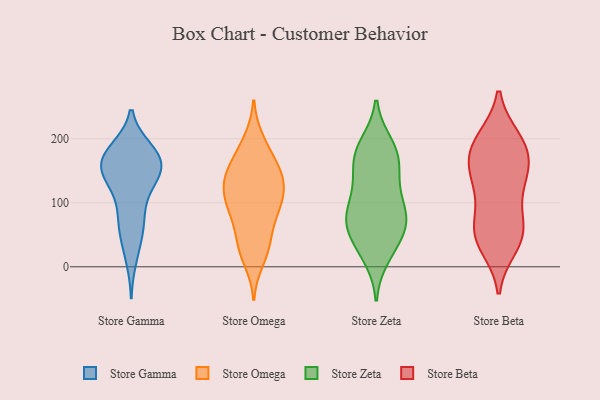
{"axis": {"x": "Customer Acquisition Cost (USD)", "y": "Value"}, "legend": ["Store Beta", "Store Gamma", "Store Omega", "Store Zeta"], "data": [{"x": "", "y": 138, "type": "Store Gamma"}, {"x": "", "y": 183, "type": "Store Gamma"}, {"x": "", "y": 95, "type": "Store Gamma"}, {"x": "", "y": 152, "type": "Store Gamma"}, {"x": "", "y": 44, "type": "Store Gamma"}, {"x": "", "y": 180, "type": "Store Gamma"}, {"x": "", "y": 159, "type": "Store Gamma"}, {"x": "", "y": 173, "type": "Store Gamma"}, {"x": "", "y": 175, "type": "Store Gamma"}, {"x": "", "y": 84, "type": "Store Gamma"}, {"x": "", "y": 160, "type": "Store Gamma"}, {"x": "", "y": 69, "type": "Store Gamma"}, {"x": "", "y": 132, "type": "Store Gamma"}, {"x": "", "y": 141, "type": "Store Gamma"}, {"x": "", "y": 137, "type": "Store Gamma"}, {"x": "", "y": 182, "type": "Store Gamma"}, {"x": "", "y": 12, "type": "Store Gamma"}, {"x": "", "y": 156, "type": "Store Gamma"}, {"x": "", "y": 55, "type": "Store Gamma"}, {"x": "", "y": 138, "type": "Store Omega"}, {"x": "", "y": 36, "type": "Store Omega"}, {"x": "", "y": 97, "type": "Store Omega"}, {"x": "", "y": 198, "type": "Store Omega"}, {"x": "", "y": 28, "type": "Store Omega"}, {"x": "", "y": 139, "type": "Store Omega"}, {"x": "", "y": 120, "type": "Store Omega"}, {"x": "", "y": 99, "type": "Store Omega"}, {"x": "", "y": 71, "type": "Store Omega"}, {"x": "", "y": 93, "type": "Store Omega"}, {"x": "", "y": 187, "type": "Store Omega"}, {"x": "", "y": 159, "type": "Store Omega"}, {"x": "", "y": 36, "type": "Store Omega"}, {"x": "", "y": 146, "type": "Store Omega"}, {"x": "", "y": 161, "type": "Store Omega"}, {"x": "", "y": 81, "type": "Store Omega"}, {"x": "", "y": 10, "type": "Store Omega"}, {"x": "", "y": 131, "type": "Store Omega"}, {"x": "", "y": 115, "type": "Store Omega"}, {"x": "", "y": 80, "type": "Store Zeta"}, {"x": "", "y": 32, "type": "Store Zeta"}, {"x": "", "y": 170, "type": "Store Zeta"}, {"x": "", "y": 159, "type": "Store Zeta"}, {"x": "", "y": 80, "type": "Store Zeta"}, {"x": "", "y": 191, "type": "Store Zeta"}, {"x": "", "y": 140, "type": "Store Zeta"}, {"x": "", "y": 75, "type": "Store Zeta"}, {"x": "", "y": 111, "type": "Store Zeta"}, {"x": "", "y": 184, "type": "Store Zeta"}, {"x": "", "y": 36, "type": "Store Zeta"}, {"x": "", "y": 178, "type": "Store Zeta"}, {"x": "", "y": 74, "type": "Store Zeta"}, {"x": "", "y": 123, "type": "Store Zeta"}, {"x": "", "y": 59, "type": "Store Zeta"}, {"x": "", "y": 16, "type": "Store Zeta"}, {"x": "", "y": 73, "type": "Store Zeta"}, {"x": "", "y": 49, "type": "Store Beta"}, {"x": "", "y": 86, "type": "Store Beta"}, {"x": "", "y": 188, "type": "Store Beta"}, {"x": "", "y": 137, "type": "Store Beta"}, {"x": "", "y": 200, "type": "Store Beta"}, {"x": "", "y": 80, "type": "Store Beta"}, {"x": "", "y": 192, "type": "Store Beta"}, {"x": "", "y": 142, "type": "Store Beta"}, {"x": "", "y": 32, "type": "Store Beta"}, {"x": "", "y": 152, "type": "Store Beta"}, {"x": "", "y": 126, "type": "Store Beta"}, {"x": "", "y": 199, "type": "Store Beta"}, {"x": "", "y": 156, "type": "Store Beta"}, {"x": "", "y": 42, "type": "Store Beta"}, {"x": "", "y": 176, "type": "Store Beta"}, {"x": "", "y": 51, "type": "Store Beta"}, {"x": "", "y": 50, "type": "Store Beta"}]}